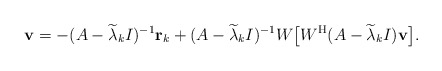
\begin{align*}{\bf v}=-(A-\widetilde{\lambda}_kI)^{-1}{\bf r}_k+(A-\widetilde{\lambda}_kI)^{-1}W\big[W^{\rm H}(A-\widetilde{\lambda}_kI){\bf v}\big].\end{align*}